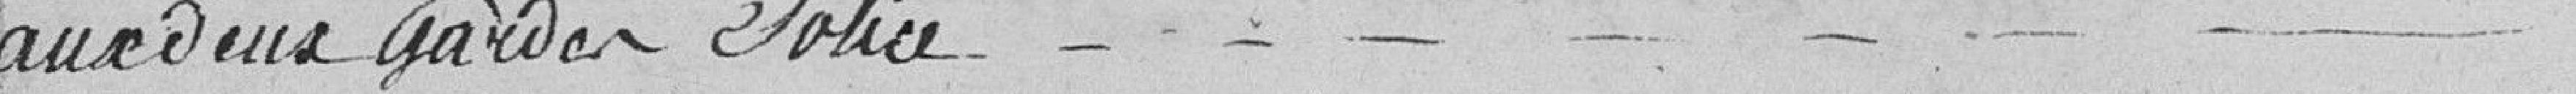
aux deux gardes police